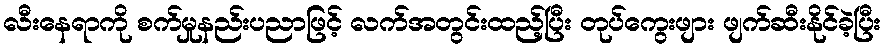
လီးနေရာကို စက်မှုနည်းပညာဖြင့် လက်အတွင်းထည့်ပြီး တုပ်ကွေးဖျား ဖျက်ဆီးနိုင်ခဲ့ပြီး